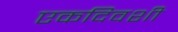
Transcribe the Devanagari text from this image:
एकदिवशी